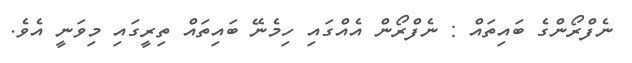
ނެފްރޯންގެ ބައިތައް : ނެފްރޯން އެއްގައި ހިމެނޭ ބައިތައް ތިރީގައި މިވަނީ އެވެ.